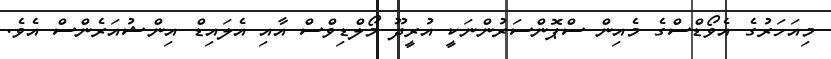
މިއަހަރުގެ އެވޯޑްސްގެ މެއިން ސްޕޮންސަރުންނަކީ އުރީދޫ މޯލްޑިވްސް އާއި އެލައިޑް އިންޝުއަރެންސް އެވެ.